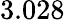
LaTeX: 3.028